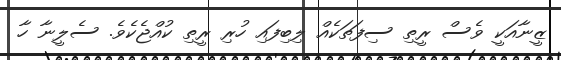
ޒީނާއަކީ ވެސް ރީތި ސިފަތަކެއް ލިބިފައި ހުރި ރީތި ކުއްޖެކެވެ. ސެލީނާ ހާ